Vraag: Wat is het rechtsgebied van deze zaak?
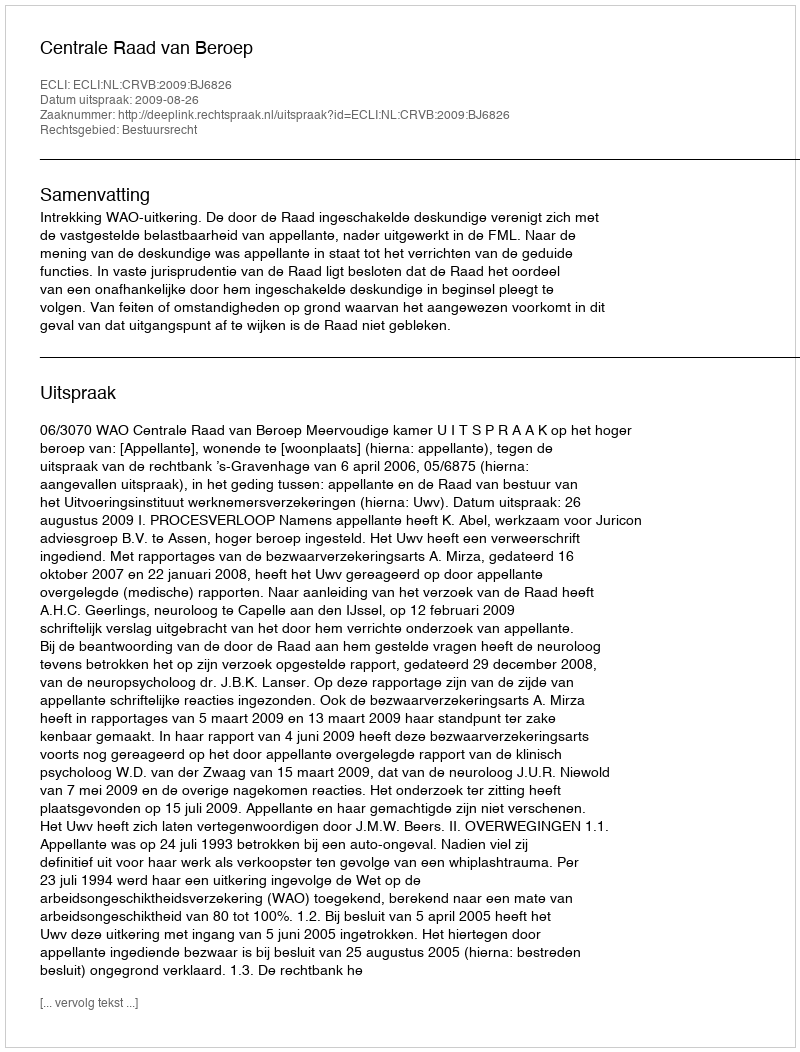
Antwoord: Bestuursrecht